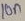
Text: 10n